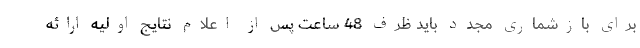
برای بازشماری مجدد باید ظرف 48 ساعت پس از اعلام نتایج اولیه ارائه